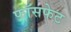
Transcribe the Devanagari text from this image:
फॉसफेट